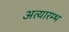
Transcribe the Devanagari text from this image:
अत्यारम्भ